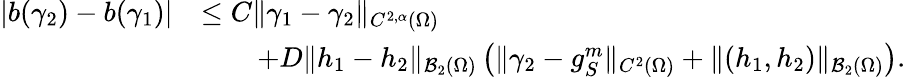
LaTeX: \begin{array}{rl}{|b(\gamma_{2})-b(\gamma_{1})|}&{\leq C\| \gamma_{1}-\gamma_{2}\| _{C^{2,\alpha}(\Omega)}}\\ &{\qquad+D\| h_{1}-h_{2}\| _{\mathcal B_{2}(\Omega)}\left(\| \gamma_{2}-g_{S}^{m}\| _{C^{2}(\Omega)}+\| (h_{1},h_{2})\| _{\mathcal B_{2}(\Omega)}\right).}\end{array}